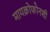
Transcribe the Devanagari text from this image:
मायक्रोफोनशी